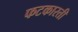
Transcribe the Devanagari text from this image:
फटकारती